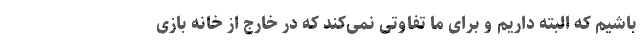
باشیم که البته داریم و برای ما تفاوتی نمی‌کند که در خارج از خانه بازی